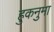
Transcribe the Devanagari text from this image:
हुकनुमा